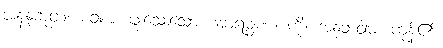
အနနုဘူတံ၊ မခံစား ဖူးသေးသော။ အာရမ္မဏံ၊ ကို။ အနုဘဝါမ၊ ကုန်၏။